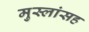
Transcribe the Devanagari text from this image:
मुस्लांसह